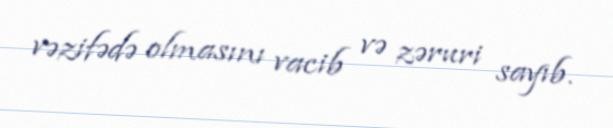
vəzifədə olmasını vacib və zəruri sayıb.